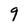
Character: 9